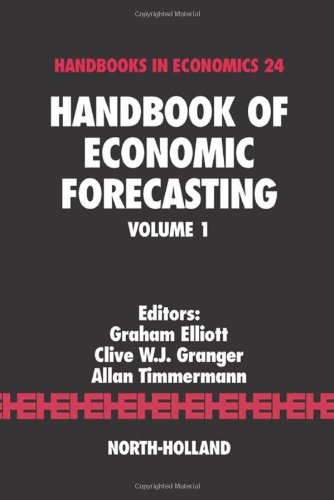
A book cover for Handbook of Economic Forecasting, Volume 1; Business & Money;